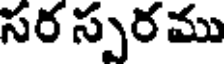
సర స్పర ము